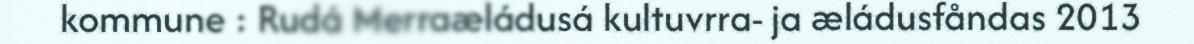
kommune : Rudá Merraæládusá kultuvrra- ja æládusfåndas 2013